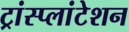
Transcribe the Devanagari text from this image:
ट्रांस्प्लांटेशन